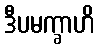
ဒီပမက္ခာဟိ